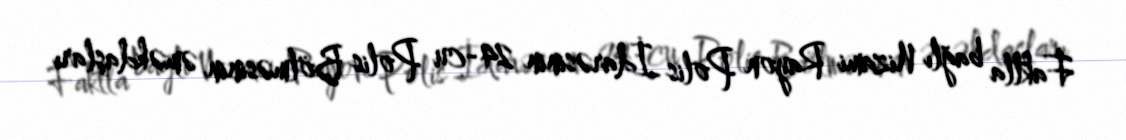
Faktla bağlı Nizami Rayon Polis İdarəsinin 24-cu Polis Bölməsinin əməkdaşları